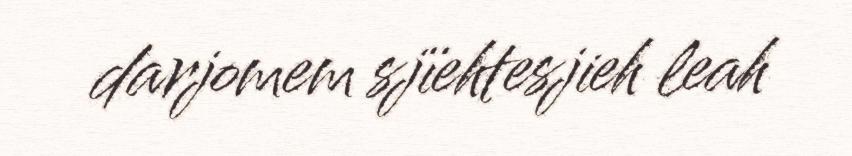
darjomem sjïehtesjieh leah